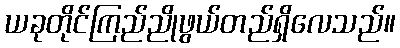
ယခုတိုင်ကြည်ညိုဖွယ်တည်ရှိလေသည်။